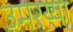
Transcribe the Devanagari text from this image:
उमरय्या